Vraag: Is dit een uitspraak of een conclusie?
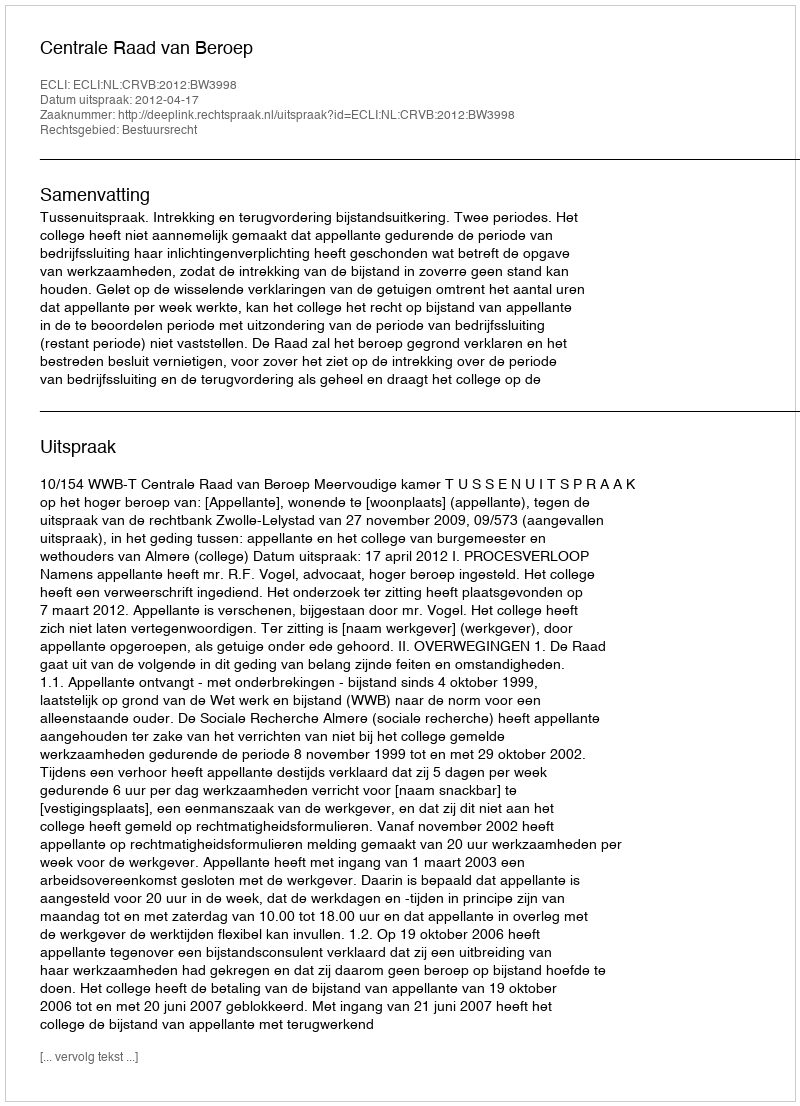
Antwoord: Uitspraak